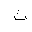
Letter: _tha